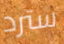
سترد